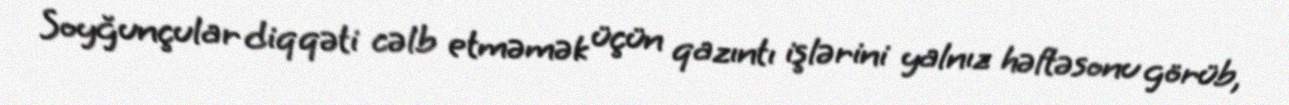
Soyğunçular diqqəti cəlb etməmək üçün qazıntı işlərini yalnız həftəsonu görüb,